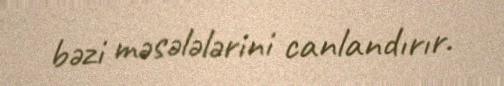
bəzi məsələlərini canlandırır.